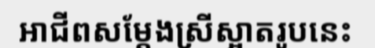
អាជីពសម្តែងស្រីស្អាតរូបនេះ